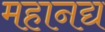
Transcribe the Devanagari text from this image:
महानद्य